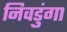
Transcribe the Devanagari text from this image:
निवडुंगा